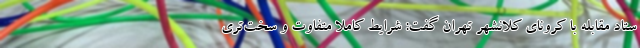
ستاد مقابله با کرونای کلانشهر تهران گفت: شرایط کاملاً متفاوت و سخت‌تری